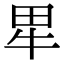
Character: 㽚